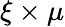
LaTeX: \xi\times\mu